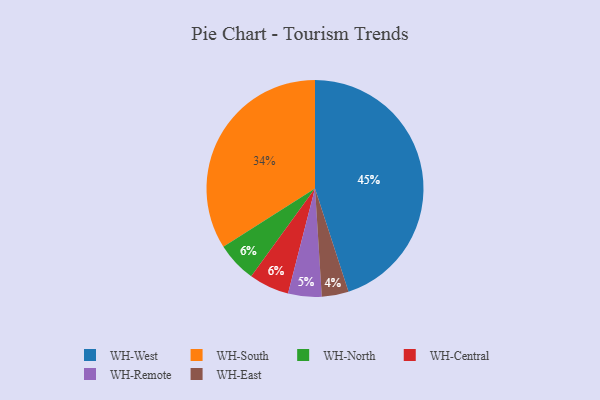
{"axis": {"x": "Category", "y": "Percentage"}, "legend": ["WH-Central", "WH-East", "WH-North", "WH-Remote", "WH-South", "WH-West"], "data": [{"x": "WH-East", "y": 4, "type": "WH-East"}, {"x": "WH-West", "y": 45, "type": "WH-West"}, {"x": "WH-South", "y": 34, "type": "WH-South"}, {"x": "WH-Remote", "y": 5, "type": "WH-Remote"}, {"x": "WH-North", "y": 6, "type": "WH-North"}, {"x": "WH-Central", "y": 6, "type": "WH-Central"}]}